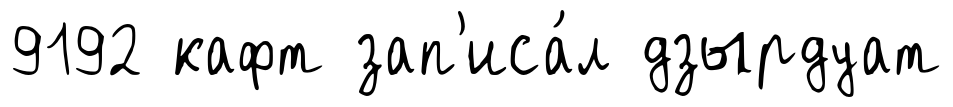
9192 кафт зап'иса́л дзырдуат